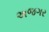
અજગર